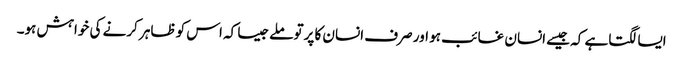
ایسا لگتاہے کہ جیسے انسان غائب ہو اور صرف انسان کا پرتو ملےجیسا کہ اس کو ظاہر کرنے کی خواہش ہو۔